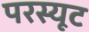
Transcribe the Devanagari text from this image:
परस्यूट